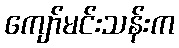
ကျော်မင်းသန်းက